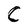
Character: C